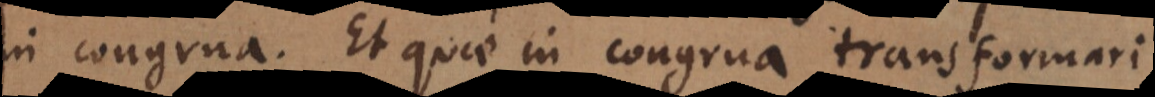
in congrua. Et quae in congrua transformari